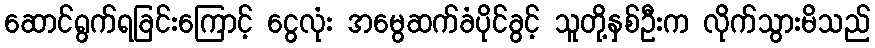
ဆောင်ရွက်ရခြင်းကြောင့် ငွေလုံး အမွေဆက်ခံပိုင်ခွင့် သူတို့နှစ်ဦးက လိုက်သွားမိသည်